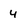
Character: 4